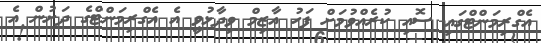
އެގްރިމަންޓްގައި ސޮއި ކުރެއްވުމަށް ފަހު އާޒިމް ވިދާޅުވީ އެ އެގްރިމަންޓްގެ ދަށުން އެ